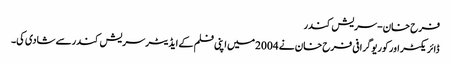
فرح خان-سریش کندر
ڈائریکٹر اورکوریوگرافی فرح خان نے 2004میں اپنی فلم کے ایڈیٹرسریش کندرسے شادی کی۔